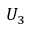
U _ { 3 }